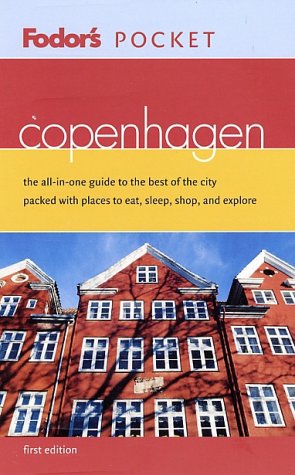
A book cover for Fodor's Pocket Copenhagen, 1st Edition: The All-in-One Guide to the Best of the City Packed with Places to Eat, Sleep, Shop, and Explore (Pocket Guides); Fodor's; Travel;